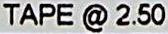
TAPE @ 2.50